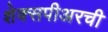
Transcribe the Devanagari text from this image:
शेक्सपीअरची